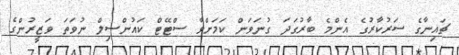
ޗައިނާގެ ސަރުކާރުގެ އެންމެ ބާރުގަދަ ގުނަވަން ކަމަށްވާ ސްޓޭޓް ކައުންސިލް ނުވަތަ ވަޒީރުންގެ